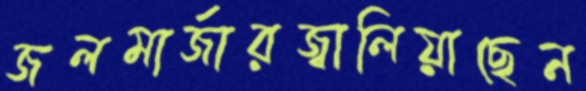
জলমার্জারজ্বালিয়াছেন